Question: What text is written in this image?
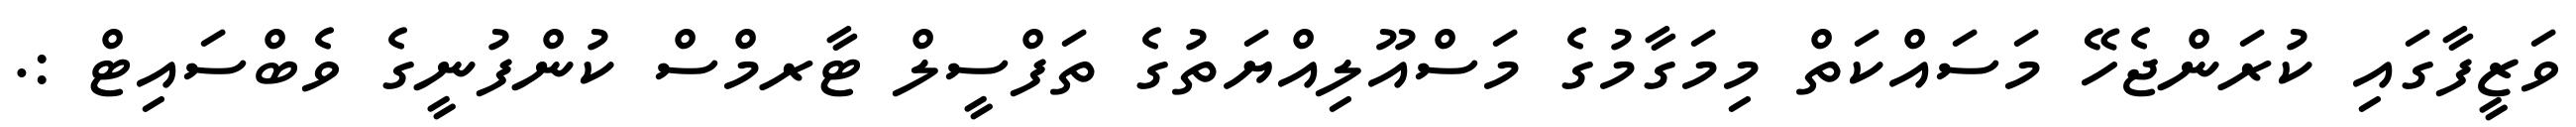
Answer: ވަޒީފާގައި ކުރަންޖެހޭ މަސައްކަތް މިމަގާމުގެ މަސްއޫލިއްޔަތުގެ ތަފްސީލް ޓާރމްސް ކުންފުނީގެ ވެބްސައިޓް :.